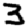
Digit: 3